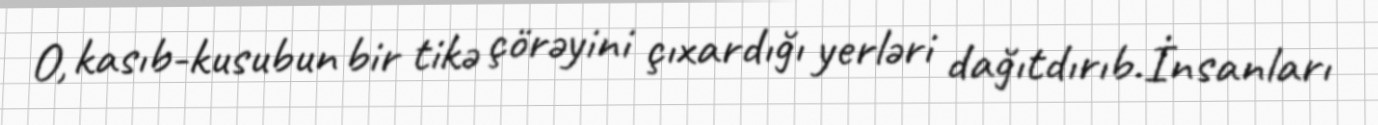
O, kasıb-kusubun bir tikə çörəyini çıxardığı yerləri dağıtdırıb.İnsanları